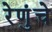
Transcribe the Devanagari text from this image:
रेणुंचे